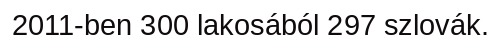
2011-ben 300 lakosából 297 szlovák.